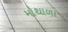
મોથાળા